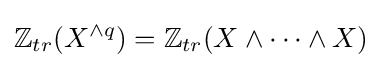
\mathbb {Z} _{tr}(X^{\wedge q})=\mathbb {Z} _{tr}(X\wedge \cdots \wedge X)